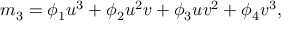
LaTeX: m _ { 3 } = \phi _ { 1 } u ^ { 3 } + \phi _ { 2 } u ^ { 2 } v + \phi _ { 3 } u v ^ { 2 } + \phi _ { 4 } v ^ { 3 } ,